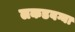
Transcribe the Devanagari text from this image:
लकडबग्घा